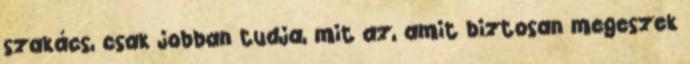
szakács, csak jobban tudja, mit az, amit biztosan megeszek